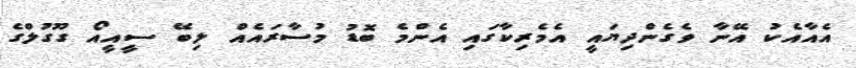
އެއާއެކު އޭނާ ވެގެންދިޔައީ އެމެރިކާގައި އެންމެ ބޮޑު މުސާރައެއް ލިބޭ ސީއީއޯ ގޫގުލްގެ